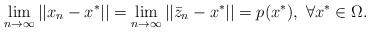
LaTeX: \begin{align*}\lim\limits_{n\to\infty}||x_n-x^*||=\lim\limits_{n\to\infty}||\bar{z}_n-x^*||=p(x^*),~\forall x^*\in \Omega.\end{align*}